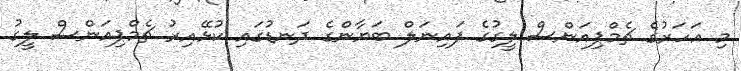
މި އަހަރުގެ ޗެމްޕިއަންސް ލީގުގެ ފައިނަލް ބަޔާންގެ ދަނޑުގައި ކުޅޭއިރު ޗެމްޕިއަންސް ލީގު